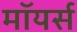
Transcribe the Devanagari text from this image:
मॉयर्स